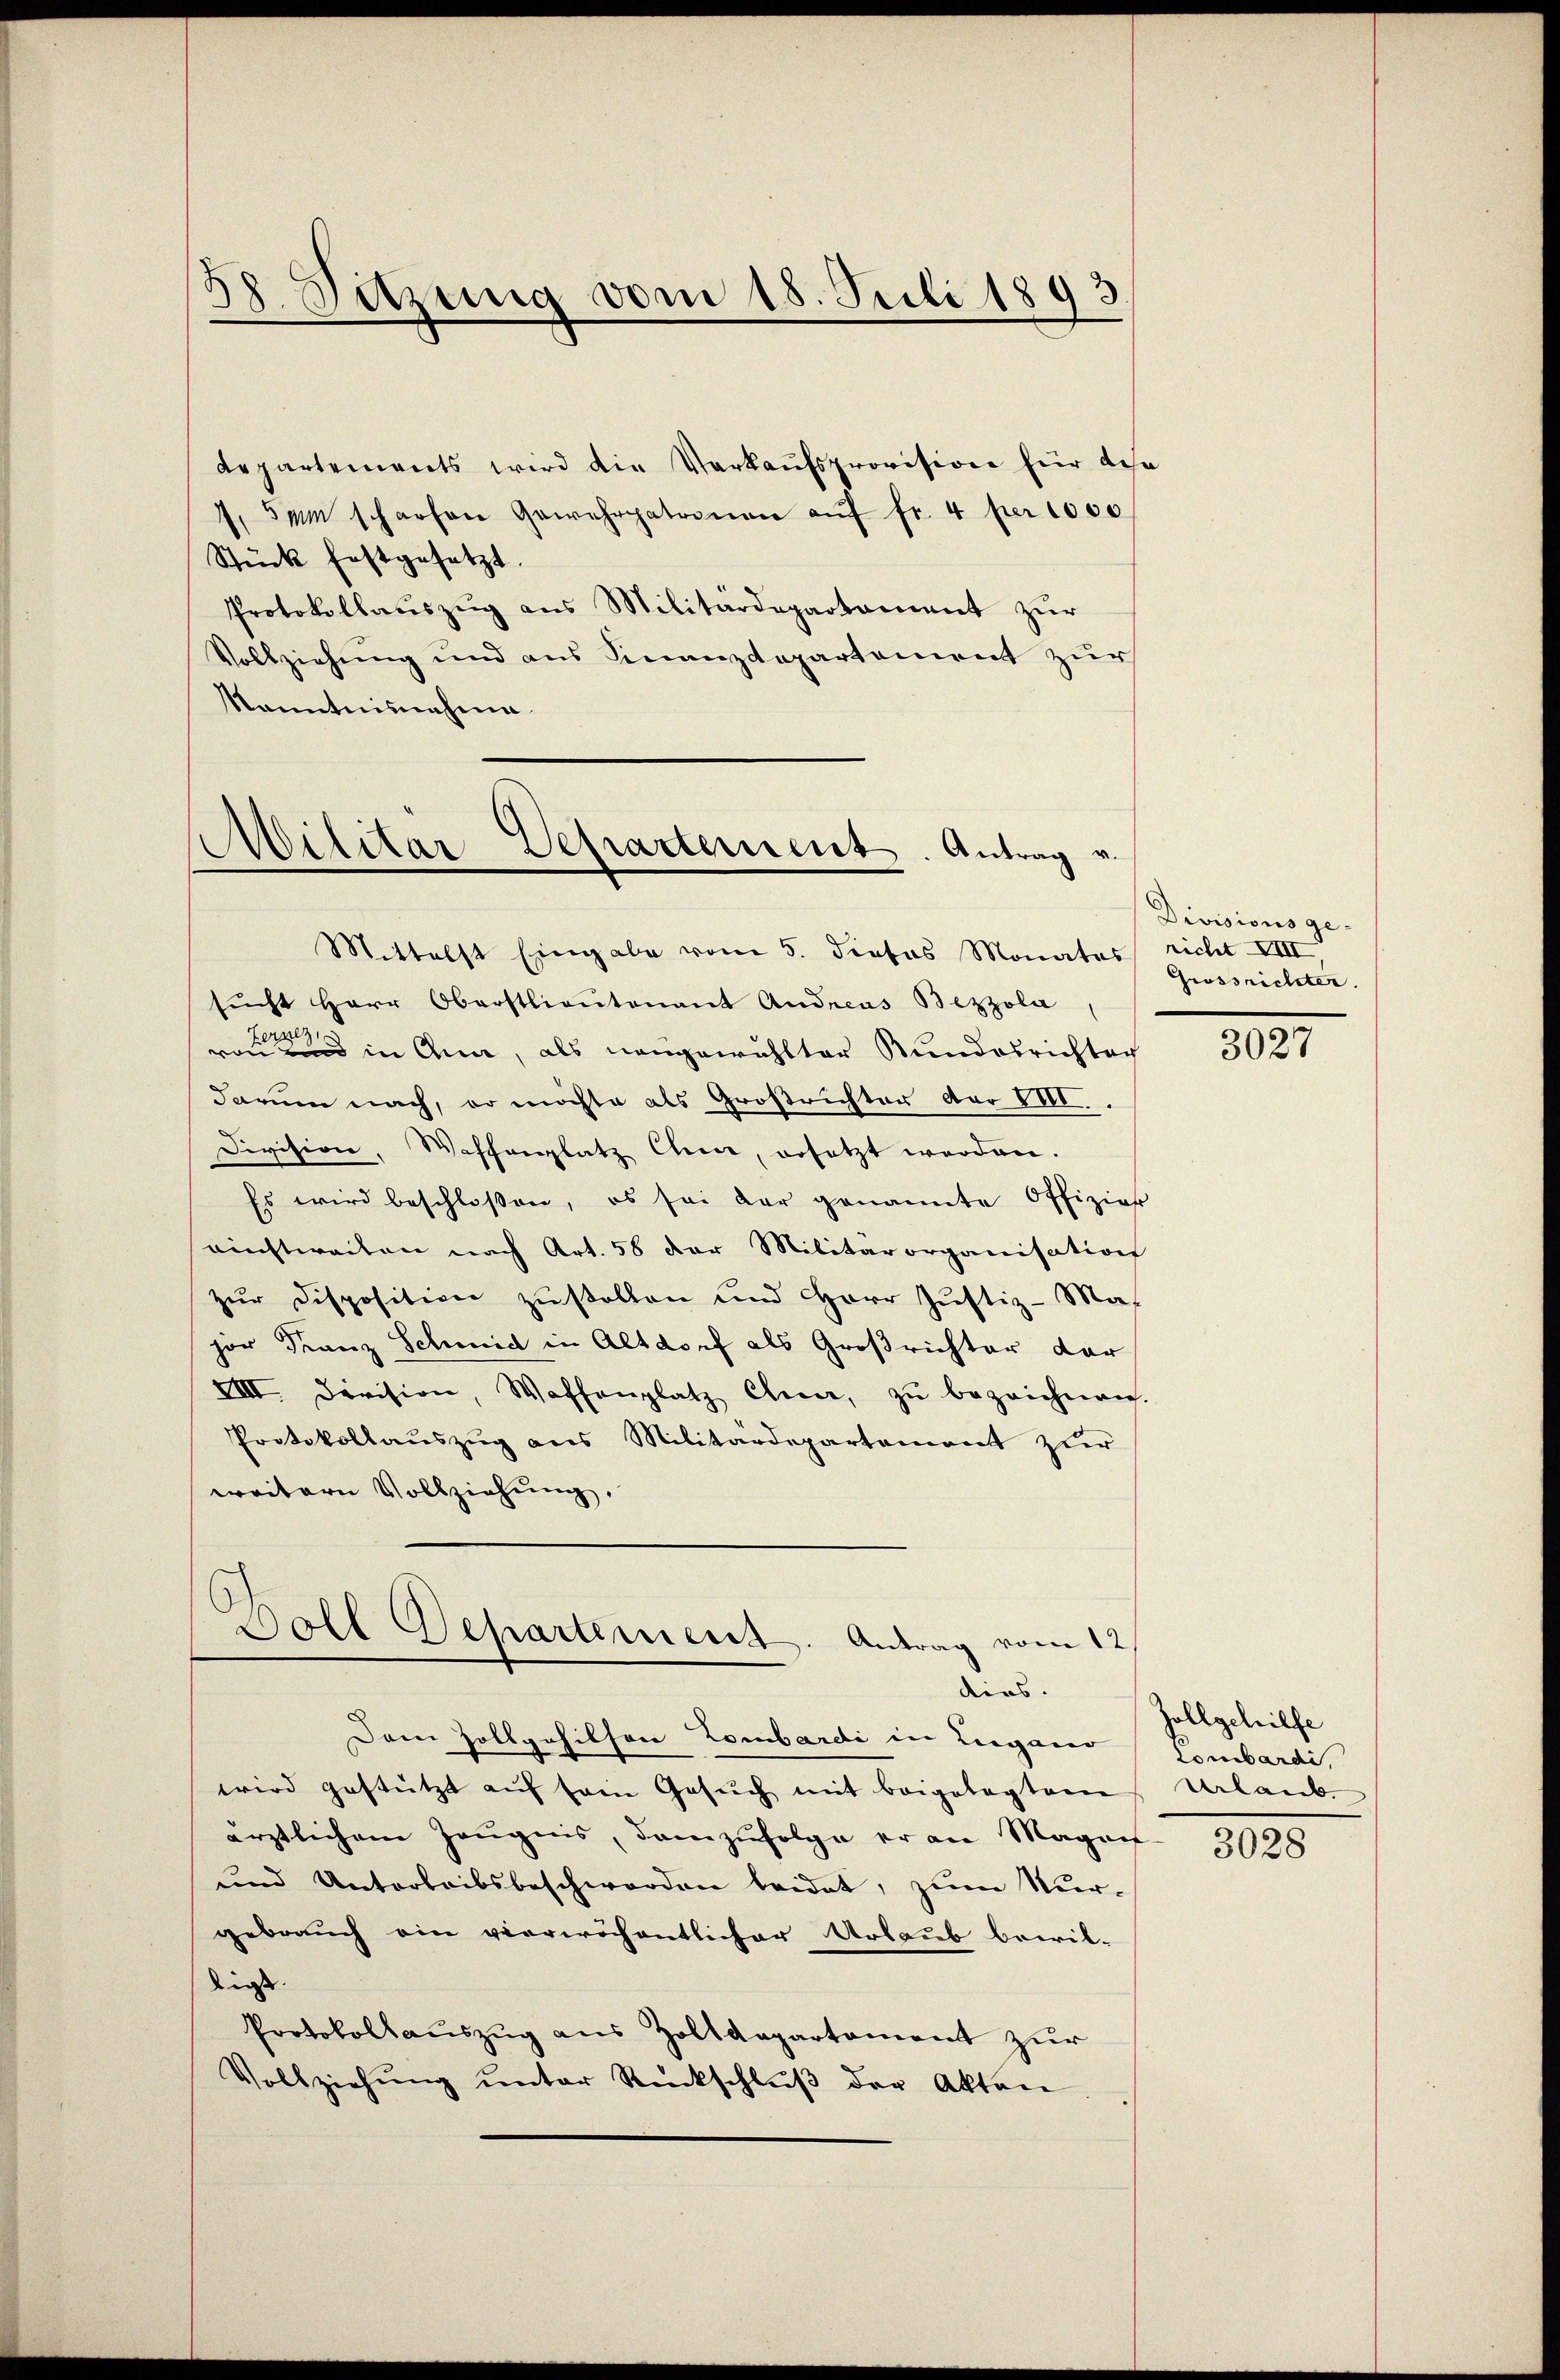
88. Sitzung vom 18. Juli 1893

Repartements wird die Verkaufsprovision für desha
7,5 m scharfen Gewehrpatronen aŭf fr. 4 pr 1000
Stück festgesetzt.
Protokollauszug aus Militärdepartement zur
Vollziehung und aus Finanzdepartement zur
kanntnisnahme

Militär-Departement. Antrag v.
Mittelst Eingabe vom 5. dieses Monates richt XVIII,

sŭcht Herr Oberstlieutenant Andreas Bezzola
von und in Quar, als mangewählter Bundesrichten
darum nach, er möchte als Großrichter dar 211.
Division, Waffenplatz Chur, ersetzt werden.
Es wird beschloßen, es sei der genannte Offizier
ninstweilen nach Art. 58 der Militärorganisation
zur Disposition zustellen und Herr Justiz-Major Franz Schmid in Altdorf als Großrichter dar
VIII Division, Waffenplatz Ehre, zŭ bezeichnen.
Protokollauszug aus Militärdepartement zur
weitern Vollziehung.

Voll
Separtement. Antrag vom 12
dies.

Dem Zollgehilfen Lombardi in Luganer
wird gestützt aŭf frei Gesŭch mit beigelegtem
ärztlichem Zeugnis, demzufolge er an Magen
und Unterleibsbeschwerden leidet, zum Nurgebrauch ein vierwöchentlicher Urlaub bewil-
ließ.
Protokollaŭszŭg aŭs Zolldepartament zŭr
Vollziehŭng ŭnter Rückschlŭβ der Akten

Divisions ge¬
Grossrichter.

3027

Zollgehilfe
Lombardi,
Urlaub.

3028